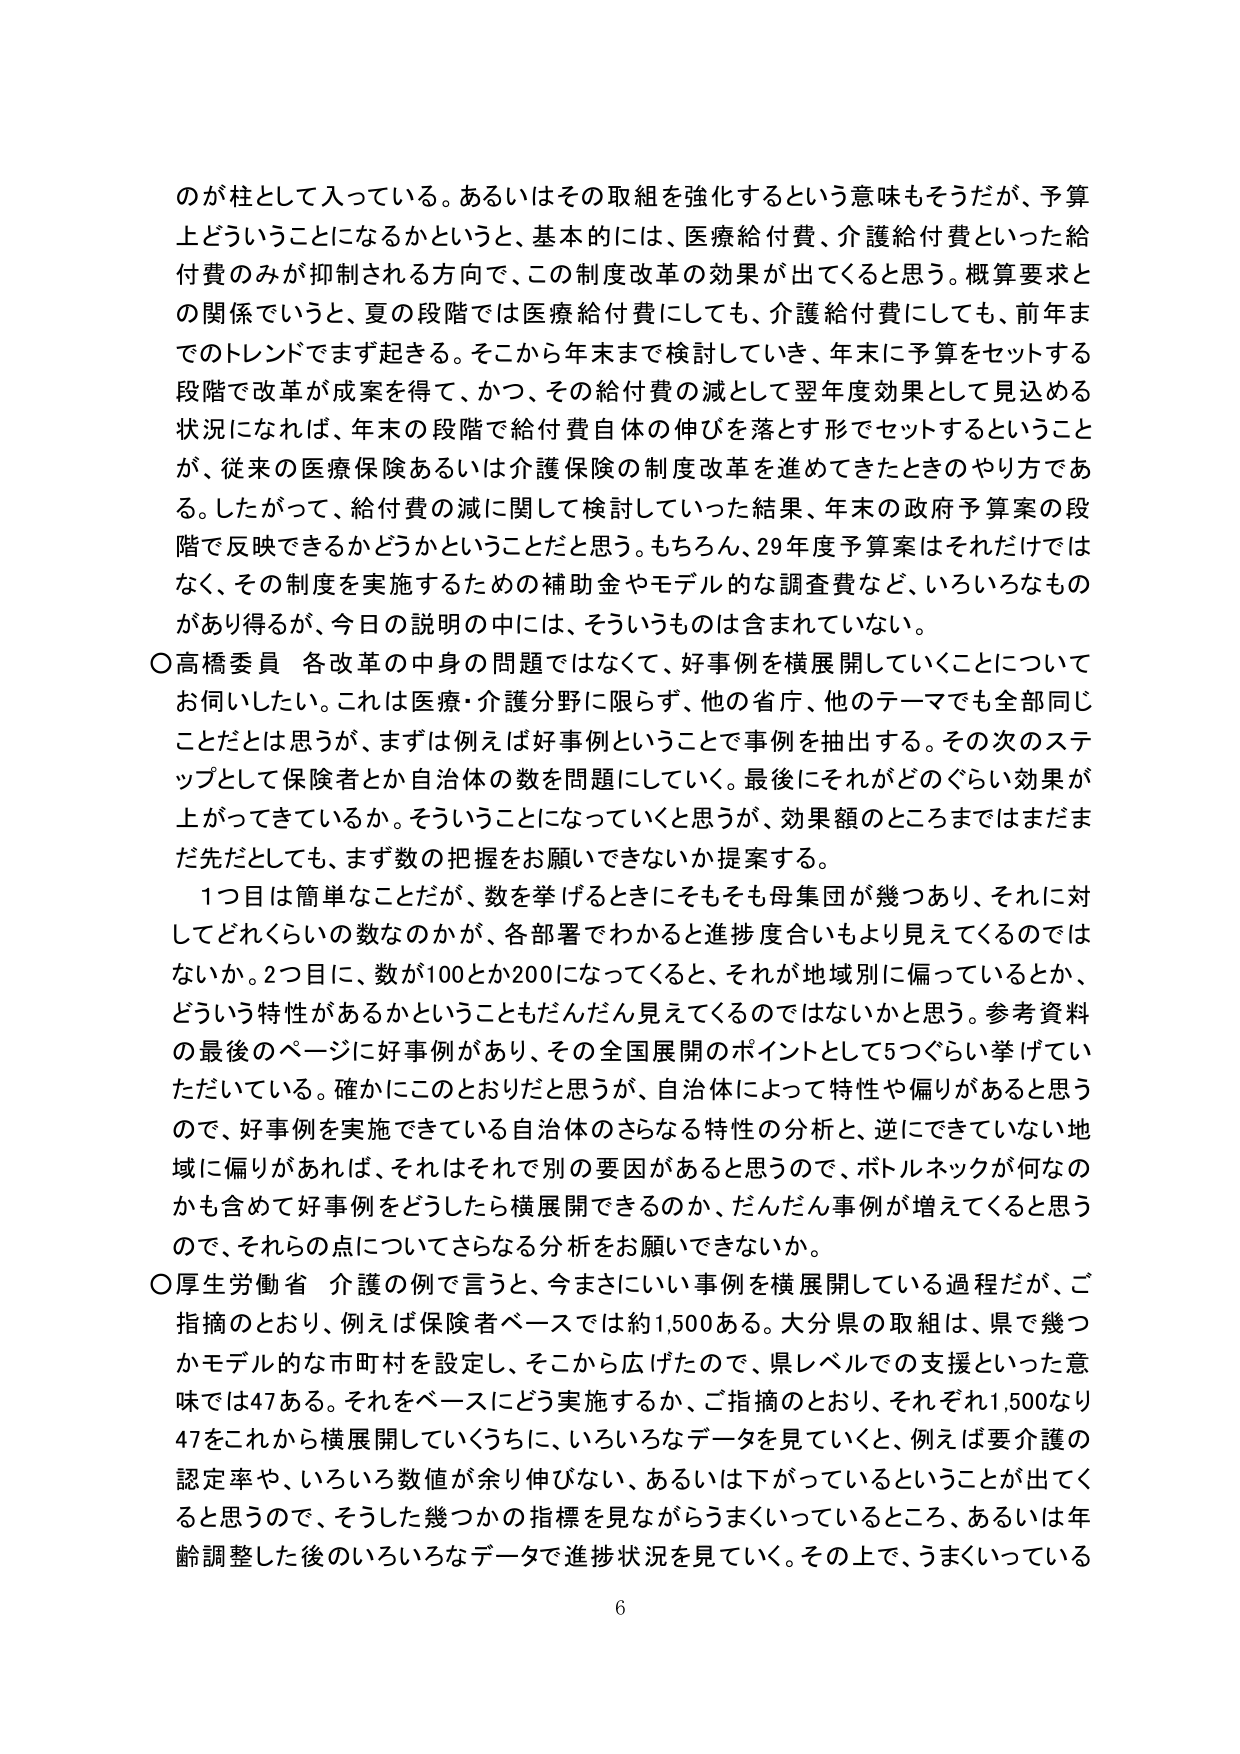
のが柱として入っている。あるいはその取組を強化するという意味もそうだが、予算上どういうことになるかというと、基本的には、医療給付費、介護給付費といった給付費のみが抑制される方向で、この制度改革の効果が出てくると思う。概算要求との関係でいうと、夏の段階では医療給付費にしても、介護給付費にしても、前年までのトレンドでまず起きる。そこから年末まで検討していき、年末に予算をセットする段階で改革が成案を得て、かつ、その給付費の減として翌年度効果として見込める状況になれば、年末の段階で給付費自体の伸びを落とす形でセットするということが、従来の医療保険あるいは介護保険の制度改革を進めてきたときのやり方である。したがって、給付費の減に関して検討していった結果、年末の政府予算案の段階で反映できるかどうかということだと思う。もちろん、29年度予算案はそれだけではなく、その制度を実施するための補助金やモデル的な調査費など、いろいろなものがあり得るが、今日の説明の中には、そういうものは含まれていない。

○高橋委員 各改革の中身の問題ではなくて、好事例を横展開していくことについてお伺いしたい。これは医療・介護分野に限らず、他の省庁、他のテーマでも全部同じことだとは思うが、まずは例えば好事例ということで事例を抽出する。その次のステップとして保険者とか自治体の数を問題にしていく。最後にそれがどのぐらい効果が上がってきているか。そういうことになっていくと思うが、効果額のところまではまだまだ先だとしても、まず数の把握をお願いできないか提案する。

　1つ目は簡単なことだが、数を挙げるときにそもそも母集団が幾つあり、それに対してどれくらいの数なのかが、各部署でわかると進捗度合いもより見えてくるのではないか。2つ目に、数が100とか200になってくると、それが地域別に偏っているとか、どういう特性があるかということもだんだん見えてくるのではないかと思う。参考資料の最後のページに好事例があり、その全国展開のポイントとして5つくらい挙げていただいている。確かにこのとおりだと思うが、自治体によって特性や偏りがあると思うので、好事例を実施できている自治体のさらなる特性の分析と、逆にできていない地域に偏りがあれば、それはそれで別の要因があると思うので、ボトルネックが何なのかも含めて好事例をどうしたら横展開できるのか、だんだん事例が増えてくると思うので、それらの点についてさらなる分析をお願いできないか。

○厚生労働省 介護の例で言うと、今まさにいい事例を横展開している過程だが、ご指摘のとおり、例えば保険者ベースでは約1,500ある。大分県の取組は、県で幾つかモデル的な市町村を設定し、そこから広げたので、県レベルでの支援といった意味では47ある。それをベースにどう実施するか、ご指摘のとおり、それぞれ1,500なり47をこれから横展開していくうちに、いろいろなデータを見ていくと、例えば要介護の認定率や、いろいろ数値が余り伸びない、あるいは下がっているということが出てくると思うので、そうした幾つかの指標を見ながらうまくいっているところ、あるいは年齢調整した後のいろいろなデータで進捗状況を見ていく。その上で、うまくいっている

6